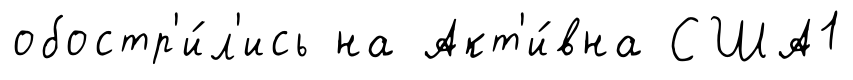
обостр'и́л'ись на Акт'и́вна США1